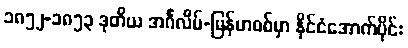
၁၈၅၂-၁၈၅၃ ဒုတိယ အင်္ဂလိပ်-မြန်မာစစ်မှာ နိုင်ငံအောက်ပိုင်း